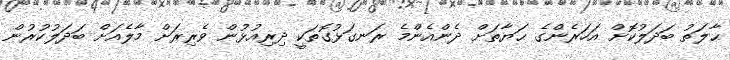
ޙާލަތު ބަދަލުކޮށް އަހަރެންގެ ޙަޔާތަށް ދެންއެންމެ ރަނގަޅުގޮތަކީ ދިރިއުޅުން ވެރިރަށް މާލެއަށް ބަދަލުކުރުން